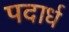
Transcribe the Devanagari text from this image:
पदार्ध